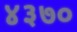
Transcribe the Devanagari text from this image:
४३७०